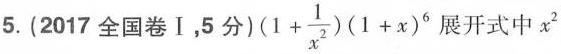
5.(2017全国卷Ⅰ，5分 )(1+ \frac{1}{x^{2}})(1+x)^{6} 展开式中x^{2}